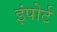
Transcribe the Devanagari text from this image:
इंपोर्ट